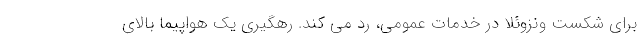
برای شکست ونزوئلا در خدمات عمومی، رد می کند. رهگیری یک هواپیما بالای